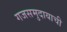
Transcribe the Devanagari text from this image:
गजसमुदायाची